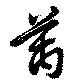
萬